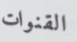
القنوات